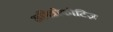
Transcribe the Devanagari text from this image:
अमित्रोकोटिज़